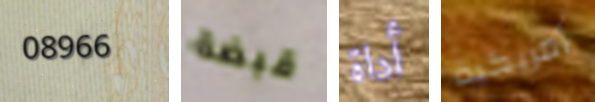
08966 قبضة أداة أمريكية